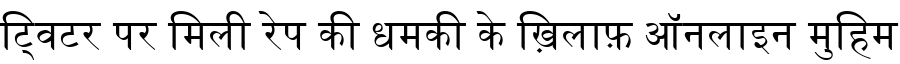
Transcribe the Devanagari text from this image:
ट्विटर पर मिली रेप की धमकी के ख़िलाफ़ ऑनलाइन मुहिम